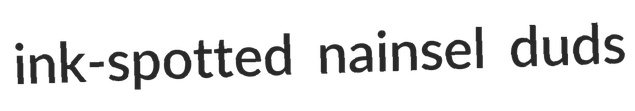
ink-spotted nainsel duds